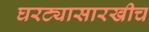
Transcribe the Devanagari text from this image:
घरट्यासारखीच